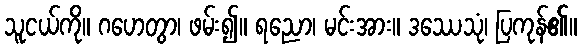
သူငယ်ကို။ ဂဟေတွာ၊ ဖမ်း၍။ ရညော၊ မင်းအား။ ဒဿေသုံ၊ ပြကုန်၏။